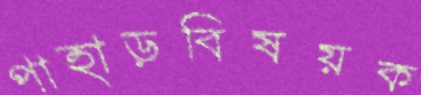
পাহাড়বিষয়ক